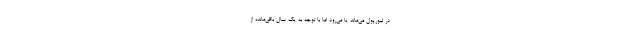
در لیورپول می‌ماند یا می‌رود اما با توجه به یک‌ سال باقی‌مانده از